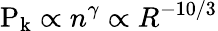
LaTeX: \mathrm{P_{k}}\propto n^{\gamma}\propto R^{-10/3}